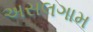
અસલગામ